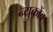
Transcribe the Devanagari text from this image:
न्युकोंब